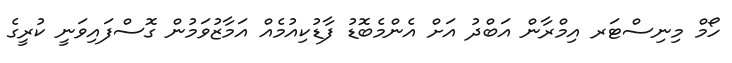
ހޯމް މިނިސްޓަރ އިމްރާން އަބްދު އަށް އެންމެބޮޑު ފާޑުކިއުމެއް އަމާޒުވަމުން ގޮސްފައިވަނީ ކުރީގެ